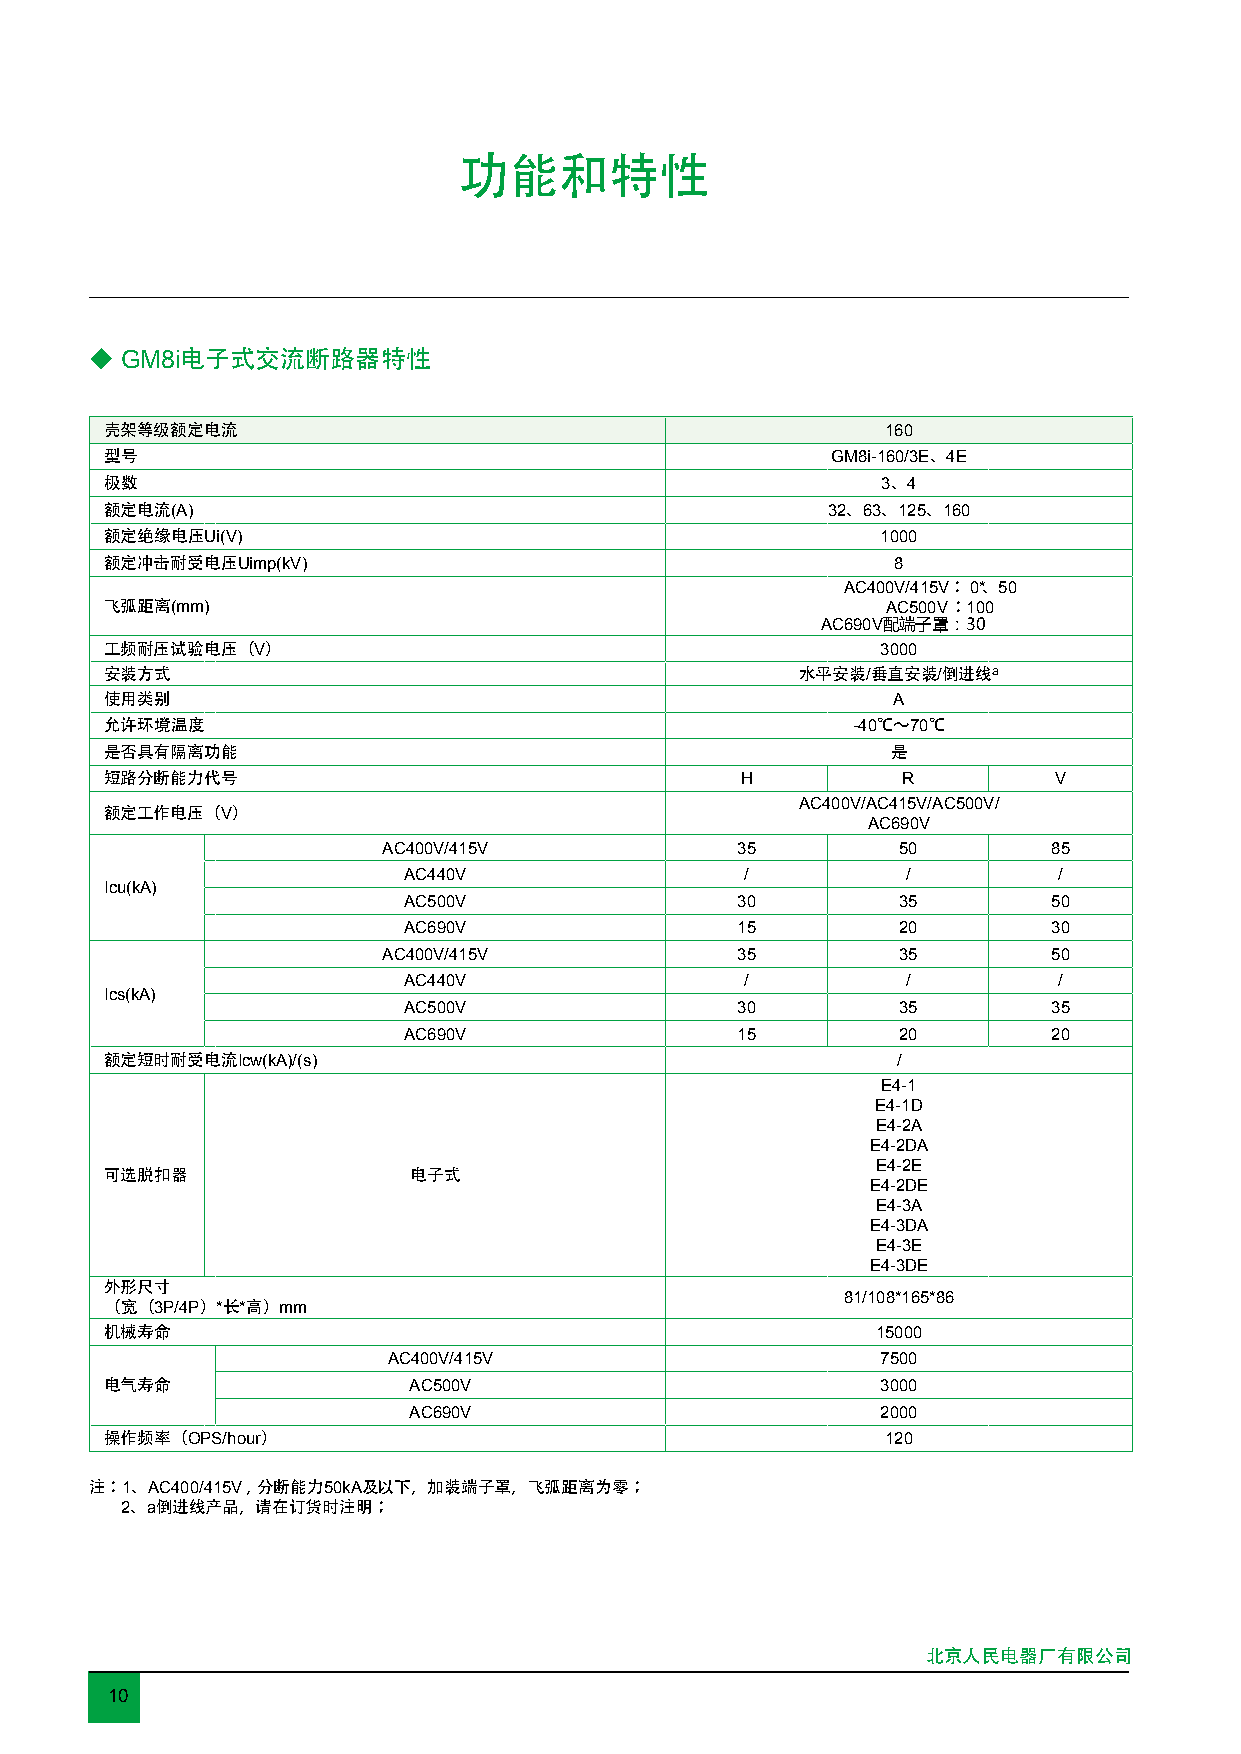
功能和特性
 ◆ GM8i电子式交流断路器特性
 壳架等级额定电流                                            160
 型号                                              GM8i-160/3E、4E
 极数                                                 3、4
 额定电流(A)                                         32、63、125、160
 额定绝缘电压Ui(V)                                        1000
 额定冲击耐受电压Uimp(kV)                                    8
 AC400V/415V：0*、50
 飞弧距离(mm)                                            AC500V：100
 AC690V配端子罩：30
 工频耐压试验电压（V）                                        3000
 安装方式                                          水平安装/垂直安装/倒进线a
 使用类别                                                A
 允许环境温度                                           -40℃～70℃
 是否具有隔离功能                                            是
 短路分断能力代号                                  H          R         V
 AC400V/AC415V/AC500V/
 额定工作电压（V）
 AC690V
 AC400V/415V             35        50         85
 AC440V                /          /         /
 Icu(kA)
 AC500V                30        35         50
 AC690V                15        20         30
 AC400V/415V             35        35         50
 AC440V                /          /         /
 Ics(kA)
 AC500V                30        35         35
 AC690V                15        20         20
 额定短时耐受电流Icw(kA)/(s)                                 /
 E4-1
 E4-1D
 E4-2A
 E4-2DA
 E4-2E
 可选脱扣器               电子式
 E4-2DE
 E4-3A
 E4-3DA
 E4-3E
 E4-3DE
 外形尺寸
 81/108*165*86
 （宽（3P/4P）*长*高）mm
 机械寿命                                               15000
 AC400V/415V                     7500
 电气寿命                AC500V                         3000
 AC690V                         2000
 操作频率（OPS/hour）                                      120
 注：1、AC400/415V，分断能力50kA及以下，加装端子罩，飞弧距离为零；
 2、a倒进线产品，请在订货时注明；
 北京人民电器厂有限公司
 10